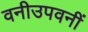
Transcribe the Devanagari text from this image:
वनीउपवनीं